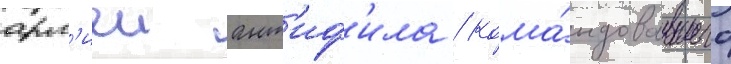
арм'иеи ант'иф'ила / кома́ндовавшего